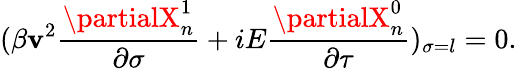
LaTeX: (\beta\mathbf{v}^{2}\frac{{\partialX_{n}^{1}}}{{\partial\sigma}}+iE\frac{{\partialX_{n}^{0}}}{{\partial\tau}})_{\sigma=l}=0.